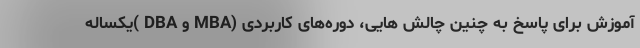
آموزش برای پاسخ به چنین چالش هایی، دوره‌های کاربردی (MBA و DBA )یکساله